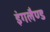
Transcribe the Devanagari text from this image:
इंगलैण्‍ड